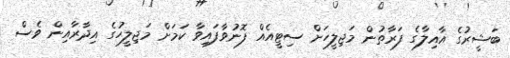
ބަޝީރުގެ އާއިލާގެ ފަރާތުން މަޖިލީހަށް ސިޓީއެއް ފޮނުވާފައިވާ ކަމަށް މަޖިލީހުގެ އިދާރާއިން ވެސް